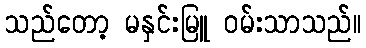
သည်တော့ မနှင်းမြူ ဝမ်းသာသည်။